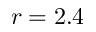
r = 2 . 4